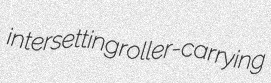
intersetting roller-carrying